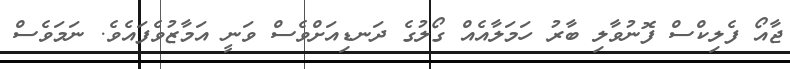
ޖާއޯ ފެލިކްސް ފޮނުވާލި ބާރު ހަމަލާއެއް ގޯލުގެ ދަނޑިއަށްވެސް ވަނީ އަމާޒުވެފައެވެ. ނަމަވެސް